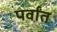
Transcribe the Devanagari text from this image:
पर्वांत